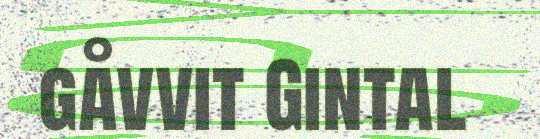
gåvvit Gintal